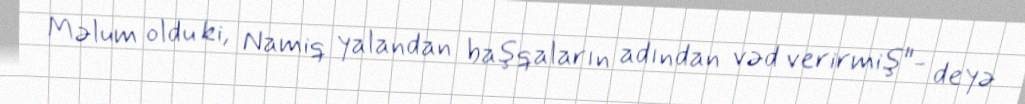
Məlum oldu ki, Namiq yalandan başqaların adından vəd verirmiş"- deyə